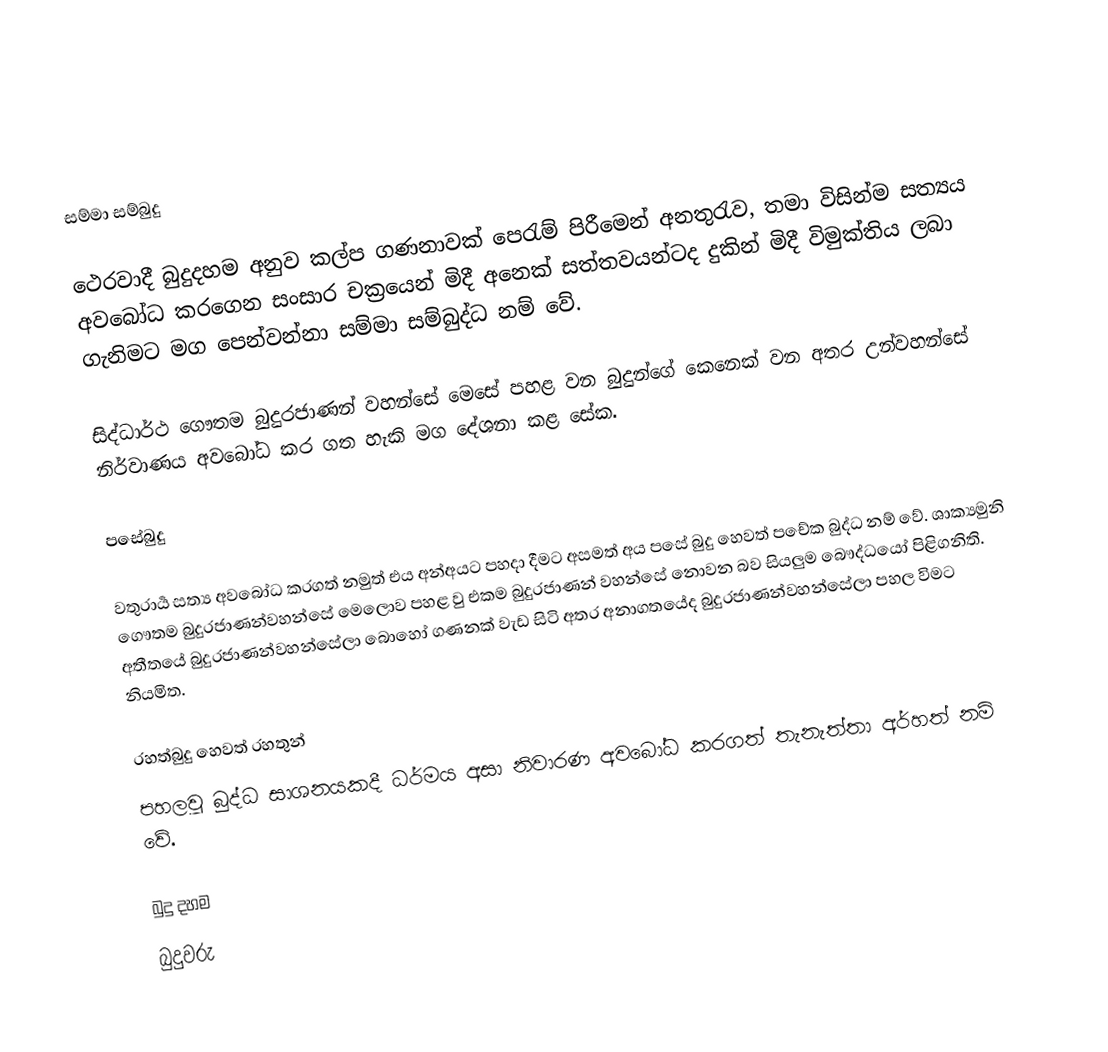

සම්මා සම්බුදු

ථෙරවාදී බුදුදහම අනුව කල්ප ගණනාවක් පෙරැම් පිරීමෙන් අනතුරැව, තමා විසින්ම සත්‍යය අවබෝධ කරගෙන සංසාර චක්‍රයෙන් මිදී අනෙක් සත්තවයන්ටද දුකින් මිදී විමුක්තිය ලබා ගැනිමට මග පෙන්වන්නා සම්මා සම්බුද්ධ නම් වේ.

සිද්ධාර්ථ ගෞතම බුදුරජාණන් වහන්සේ මෙසේ පහළ වන බුදුන්ගේ කෙනෙක් වන අතර උන්වහන්සේ නිර්වාණය අවබෝධ කර ගත හැකි ‍මග දේශනා කළ සේක.

පසේබුදු

වතුරාර්‍ය සත්‍ය අවබෝධ කරගත් නමුත් එය අන්අයට පහදා දීමට අසමත් අය පසේ බුදු හෙවත් පචේක බුද්ධ නම් වේ. ශාක්‍යමුනි ගෞතම බුදුරජාණන්වහන්සේ මෙලොව පහළ වු එකම බුදුරජාණන් වහන්සේ නොවන බව සියලුම බෞද්ධයෝ පිළිගනිති. අතීතයේ බුදුරජාණන්වහන්සේලා බොහෝ ගණනක් වැඩ සිටි අතර අනාගතයේද බුදුරජාණන්වහන්සේලා පහල විමට නියමිත.

රහත්බුදු හෙවත් රහතුන්
පහලවූ බුද්ධ සාශනයකදී ධර්මය අසා  නිවාරණ අවබෝධ කරගත් තැනැත්තා අර්හත් නම් වේ.

බුදු දහම
බුදුවරු